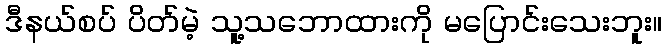
ဒီနယ်စပ် ပိတ်မဲ့ သူ့သဘောထားကို မပြောင်းသေးဘူး။